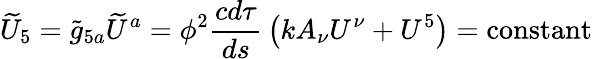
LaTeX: {\widetilde{U}}_{5}={\widetilde{g}}_{5a}{\widetilde{U}}^{a}=\phi^{2}{\frac{cd\tau}{ds}}\left(kA_{\nu}U^{\nu}+U^{5}\right)=\mathrm{{constant}}